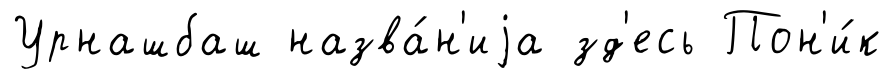
Урнашбаш назва́н'иjа зд'есь Пон'и́к